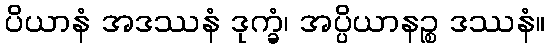
ပိယာနံ အဒဿနံ ဒုက္ခံ၊ အပ္ပိယာနဉ္စ ဒဿနံ။